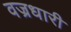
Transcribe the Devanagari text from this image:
वज्रधारी